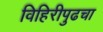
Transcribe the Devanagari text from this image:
विहिरीपुढचा